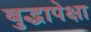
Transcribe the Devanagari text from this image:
बुद्धापेक्षा